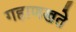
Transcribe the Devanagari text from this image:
गहाणखते